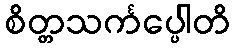
စိတ္တသင်္ကပ္ပေါတိ